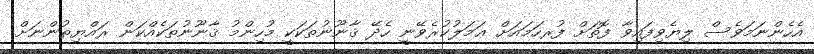
އެހެންނަމަވެސް ލިޔެވިފައިވާ ފޮތަށް ފުރހަމައަށް ޢަމަލުކުރެވޭނީ ހެދޭ ޤާނޫނުތަކަކީ މުހިންމު ޤާނޫނުތަކެއްކަން ރައްޔިތުންނަށް